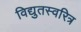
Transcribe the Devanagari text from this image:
विद्युतस्वरित्र